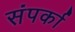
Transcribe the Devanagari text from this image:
संपर्का